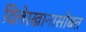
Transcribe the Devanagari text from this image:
दिलेरखानासोबत